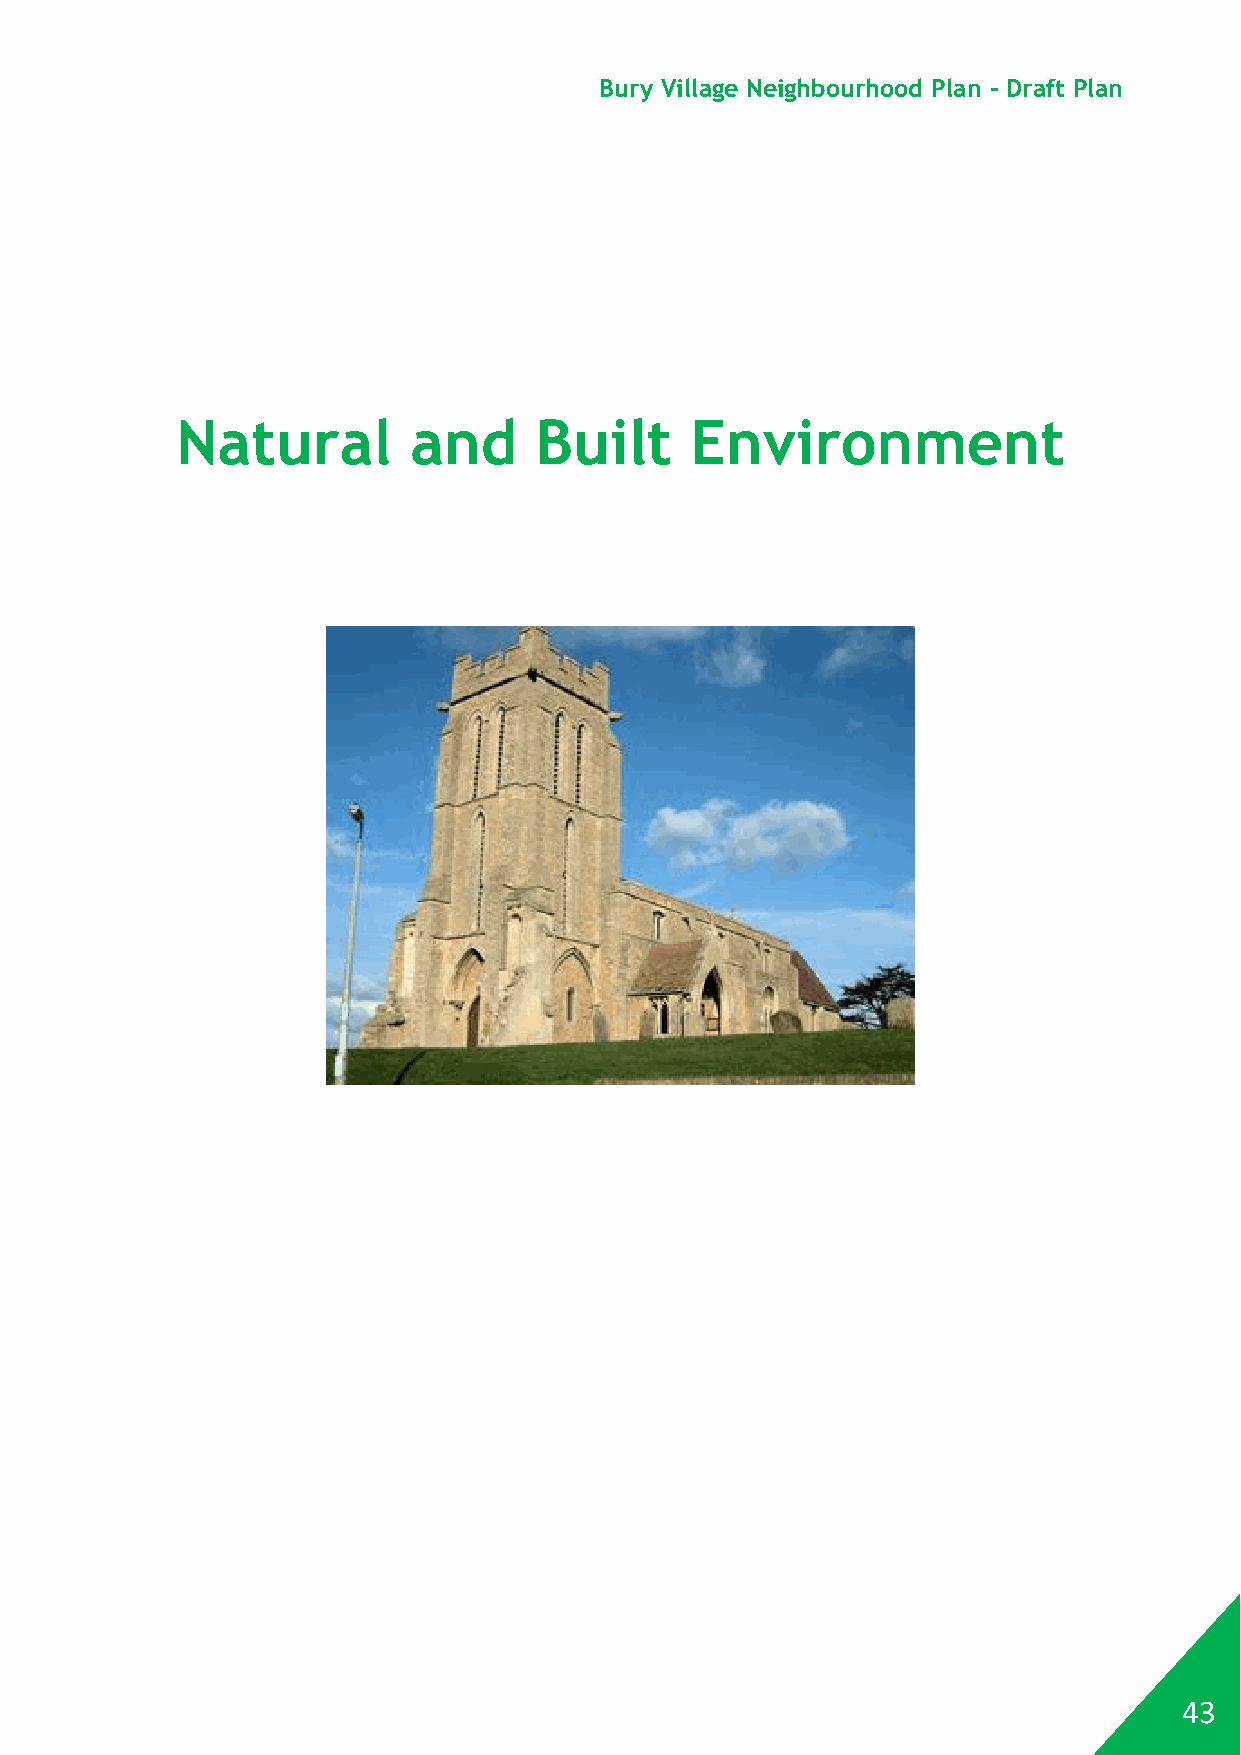
Bury Village Neighbourhood Plan - Draft Plan
 Natural        and     Built      Environment
 43